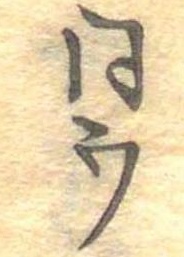
同ウ